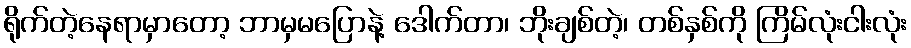
ရိုက်တဲ့နေရာမှာတော့ ဘာမှမပြောနဲ့ ဒေါက်တာ၊ ဘိုးချစ်တဲ့၊ တစ်နှစ်ကို ကြိမ်လုံးငါးလုံး